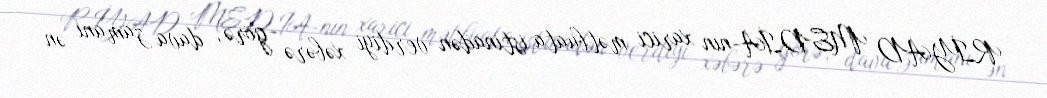
RİYAD MEDİA-nın xarici mətbuata istinadən verdiyi xəbərə görə, dava zamanı ən